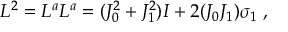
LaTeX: L ^ { 2 } = L ^ { a } L ^ { a } = ( J _ { 0 } ^ { 2 } + J _ { 1 } ^ { 2 } ) I + 2 ( J _ { 0 } J _ { 1 } ) \sigma _ { 1 } \; ,